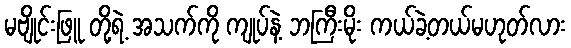
မဗျိုင်းဖြူ တို့ရဲ့ အသက်ကို ကျုပ်နဲ့ ဘကြီးမိုး ကယ်ခဲ့တယ်မဟုတ်လား